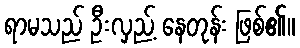
ရာမသည် ဦးလှည့် နေတုန်း ဖြစ်၏။